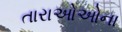
તારાઓઓના